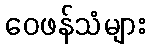
ဝေဖန်သံများ